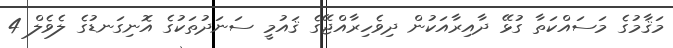
މަޤާމުގެ މަސައްކަތާ ގުޅޭ ދާއިރާއަކުން ދިވެހިރާއްޖޭގެ ޤައުމީ ސަނަދުތަކުގެ އޮނިގަނޑުގެ ލެވެލް 4